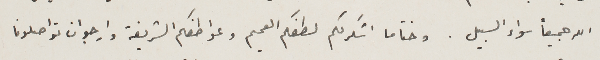
الله جميعاً سواء السبيل. وختاما اشكر لكم لطفكم الصميم وعواطفكم الشريفة وارجو ان تواصلونا